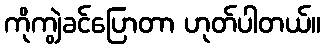
ကိုကျွဲခင်ပြောတာ ဟုတ်ပါတယ်။